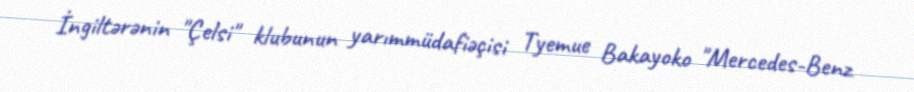
İngiltərənin "Çelsi" klubunun yarımmüdafiəçisi Tyemue Bakayoko "Mercedes-Benz